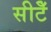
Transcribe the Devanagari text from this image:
सीटेँ